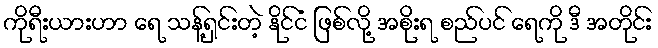
ကိုရီးယားဟာ ရေ သန့်ရှင်းတဲ့ နိုင်ငံ ဖြစ်လို့ အစိုးရ စည်ပင် ရေကို ဒီ အတိုင်း